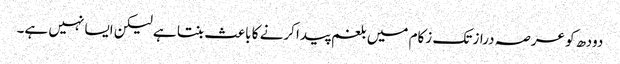
دودھ کو عرصہ دراز تک زکام میں بلغم پیدا کرنے کا باعث بنتا ہے لیکن ایسا نہیں ہے۔